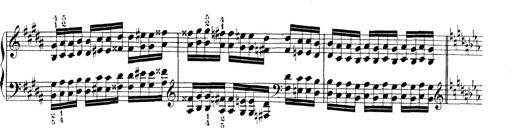
Title: Technische Studien
Composer: Franz Liszt